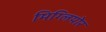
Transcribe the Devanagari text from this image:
मिग्लियोर